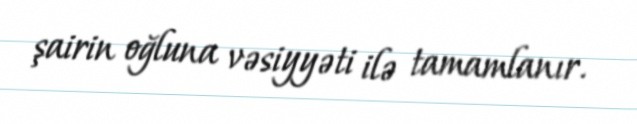
şairin oğluna vəsiyyəti ilə tamamlanır.